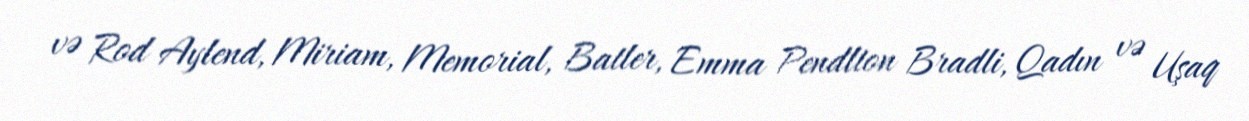
və Rod Aylend, Miriam, Memorial, Batler, Emma Pendlton Bradli, Qadın və Uşaq